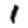
Digit: 1